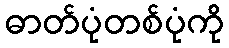
ဓာတ်ပုံတစ်ပုံကို